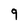
Character: 9